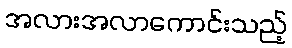
အလားအလာကောင်းသည့်